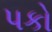
પકો